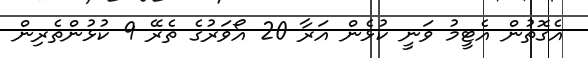
އެގޮތުން އެޓީމު ވަނީ ކުޅެން އަރާ 20 އޯވަރުގެ ތެރޭ 9 ކުޅުންތެރިން